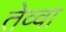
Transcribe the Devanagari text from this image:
तेव्वा